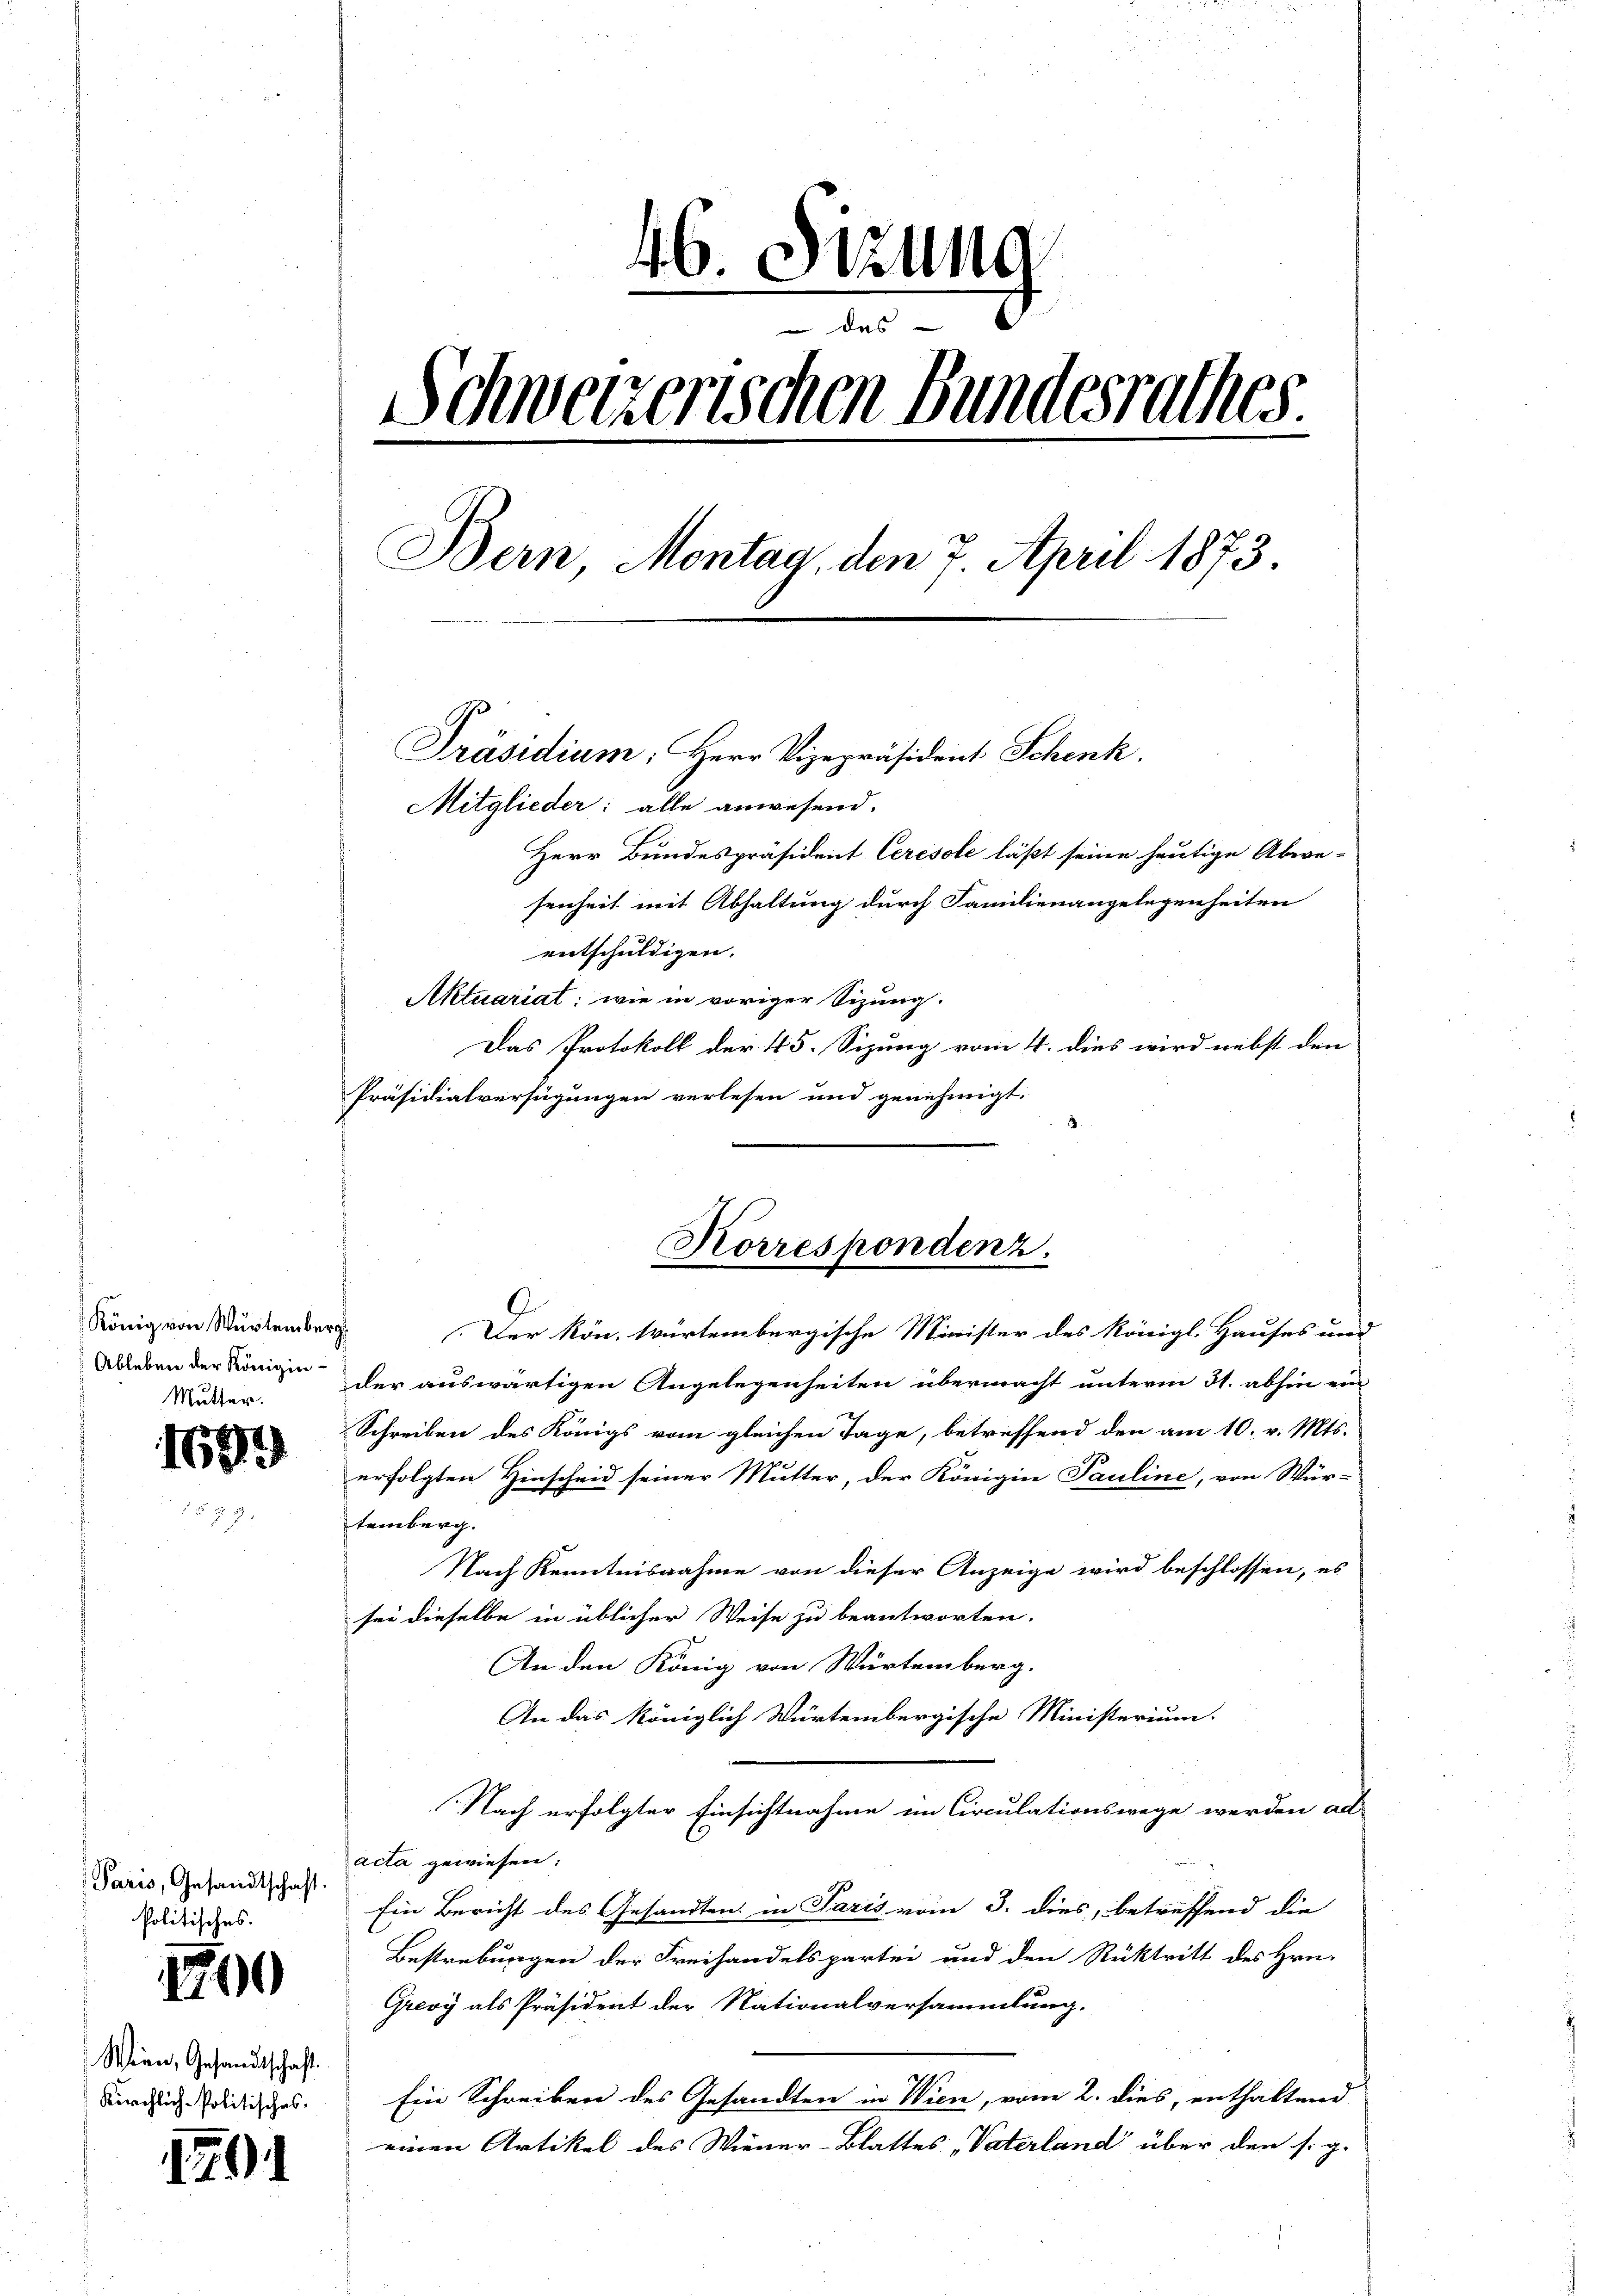
König von Würtemberg.
Mutter.

1699

Paris, Gesandtschaft.
Politisches.

1790

Wien, Gesandtschaft.
Kirchlich-Politisches.

1791

46. Sitzung
das
Schweizerischen Bundesrathes
Bern, Montag, den 7. April 1873.
Präsidium, Herr Vizepräsident Schenk.
Mitglieder: alle anwesend.
Herr Bundespräsident Ceresole läßt seine heutige Abwe-
senheit mit Abhaltung durch Familienangelegenheiten
entschuldigen.

Aktuariat; wie in voriger Sizung.
Das Protokoll der 45. Sizung vom 4. dies wird nebst den
Präsidialverfügungen verlesen und genehmigt.
Der Kön. Würtembergische Minister des Königl. Hauses und
Ableben der Königen der auswärtigen Angelegenheiten übermacht unterm 31. abhin ein
Schreiben des Königs vom gleichen Tage, betreffend den am 10. v. Mts.
erfolgten Hinscheid seiner Mutter, der Königin Pauline, von Wür-
temberg.
Nach Kenntnisnahme von dieser Anzeige wird beschlossen, es
sei dieselbe in üblicher Weise zu beantworten.
An den König von Würtemberg.
An das königlich Würtembergische Ministerium.
Nach erfolgter Einsichtnahme im Circulationswege werden ad
acta gewiesen.
Ein Bericht des Gesandten in Paris vom 3. dies, betreffend die
Bestrebungen der Freihandelspartei und den Rücktritt des Hrn.
Grevy als Präsident der Nationalversammlung.
Ein Schreiben des Gesandten in Wien, vom 2. dies, enthaltend
einen Artikel des Wiener-Blattes, Vaterland über den s. g.

Korrespondenz.